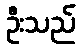
ဦးသည်